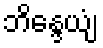
ဘိန္ဒေယျံ